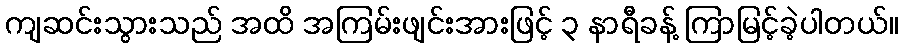
ကျဆင်းသွားသည် အထိ အကြမ်းဖျင်းအားဖြင့် ၃ နာရီခန့် ကြာမြင့်ခဲ့ပါတယ်။